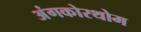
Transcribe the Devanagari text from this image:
अंगकोरथोम